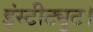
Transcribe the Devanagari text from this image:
इंस्टीट्युट।